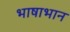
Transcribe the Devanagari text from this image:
भाषाभान